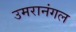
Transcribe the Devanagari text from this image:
उमरानंगल